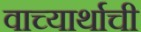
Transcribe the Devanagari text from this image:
वाच्यार्थाची